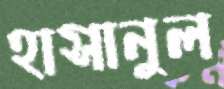
হাসানুল